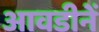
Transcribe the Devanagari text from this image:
आवडीनें